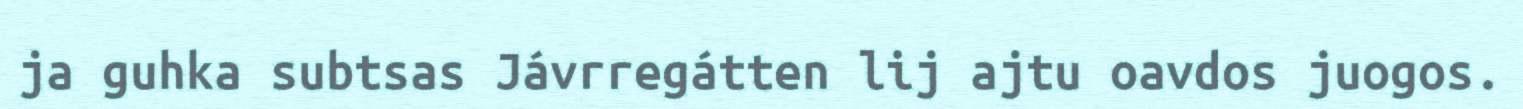
ja guhka subtsas Jávrregátten lij ajtu oavdos juogos.